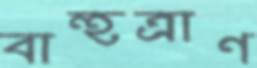
বাহুত্রাণ